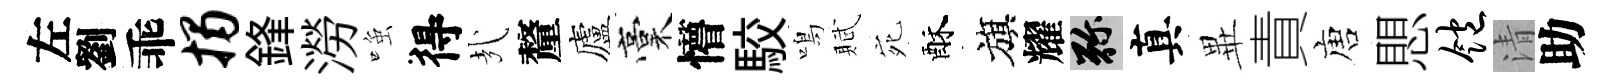
左劉乖揭鋒澇𫪻得㢤釐廬稾懵駮鳴賦宛酥旗耀弥真𭺾責唐愳饱清助